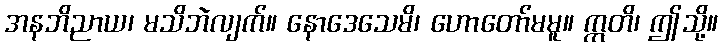
အနဘိညာယ၊ မသိဘဲလျက်။ နောဒေသေမိ၊ ဟောတော်မမူ။ ဣတိ၊ ဤသို့။